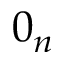
0 _ { n }